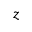
z